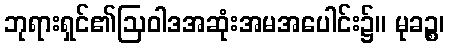
ဘုရားရှင်၏ဩဝါဒအဆုံးအမအပေါင်း၌။ မုခဉ္စ၊